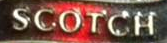
SCOTCH